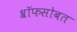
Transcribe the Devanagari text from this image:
श्रॉफसोबत